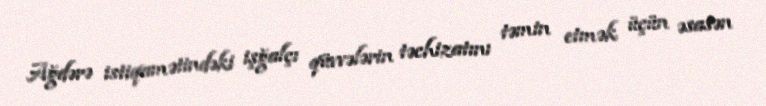
Ağdərə istiqamətindəki işğalçı qüvvələrin təchizatını təmin etmək üçün əsasən